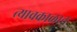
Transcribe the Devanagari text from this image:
त्याचकाळात